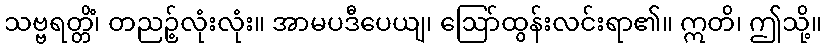
သဗ္ဗရတ္တိံ၊ တညဉ့်လုံးလုံး။ အာမပဒီပေယျ၊ ဩော်ထွန်းလင်းရာ၏။ ဣတိ၊ ဤသို့။